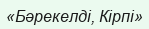
«Бәрекелді, Кірпі»